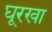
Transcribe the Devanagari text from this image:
घूरखा